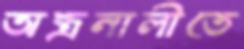
অন্ত্রনালীতে